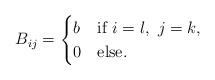
LaTeX: \begin{align*}B_{ij}=\begin{cases}b & \mbox{if } i=l,\ j=k,\\0 & \mbox{else}. \end{cases}\end{align*}